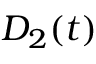
D _ { 2 } ( t )